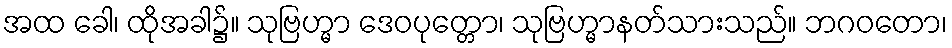
အထ ခေါ၊ ထိုအခါ၌။ သုဗြဟ္မာ ဒေဝပုတ္တော၊ သုဗြဟ္မာနတ်သားသည်။ ဘဂဝတော၊